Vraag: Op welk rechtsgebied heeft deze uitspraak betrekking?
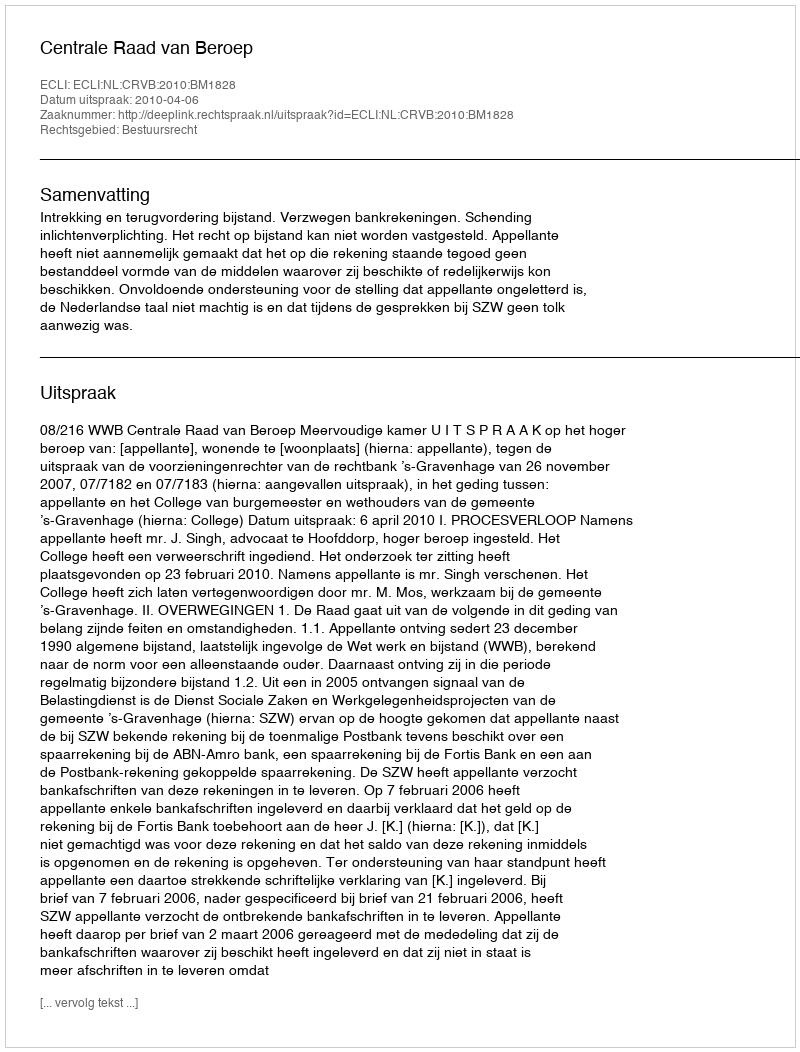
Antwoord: Bestuursrecht